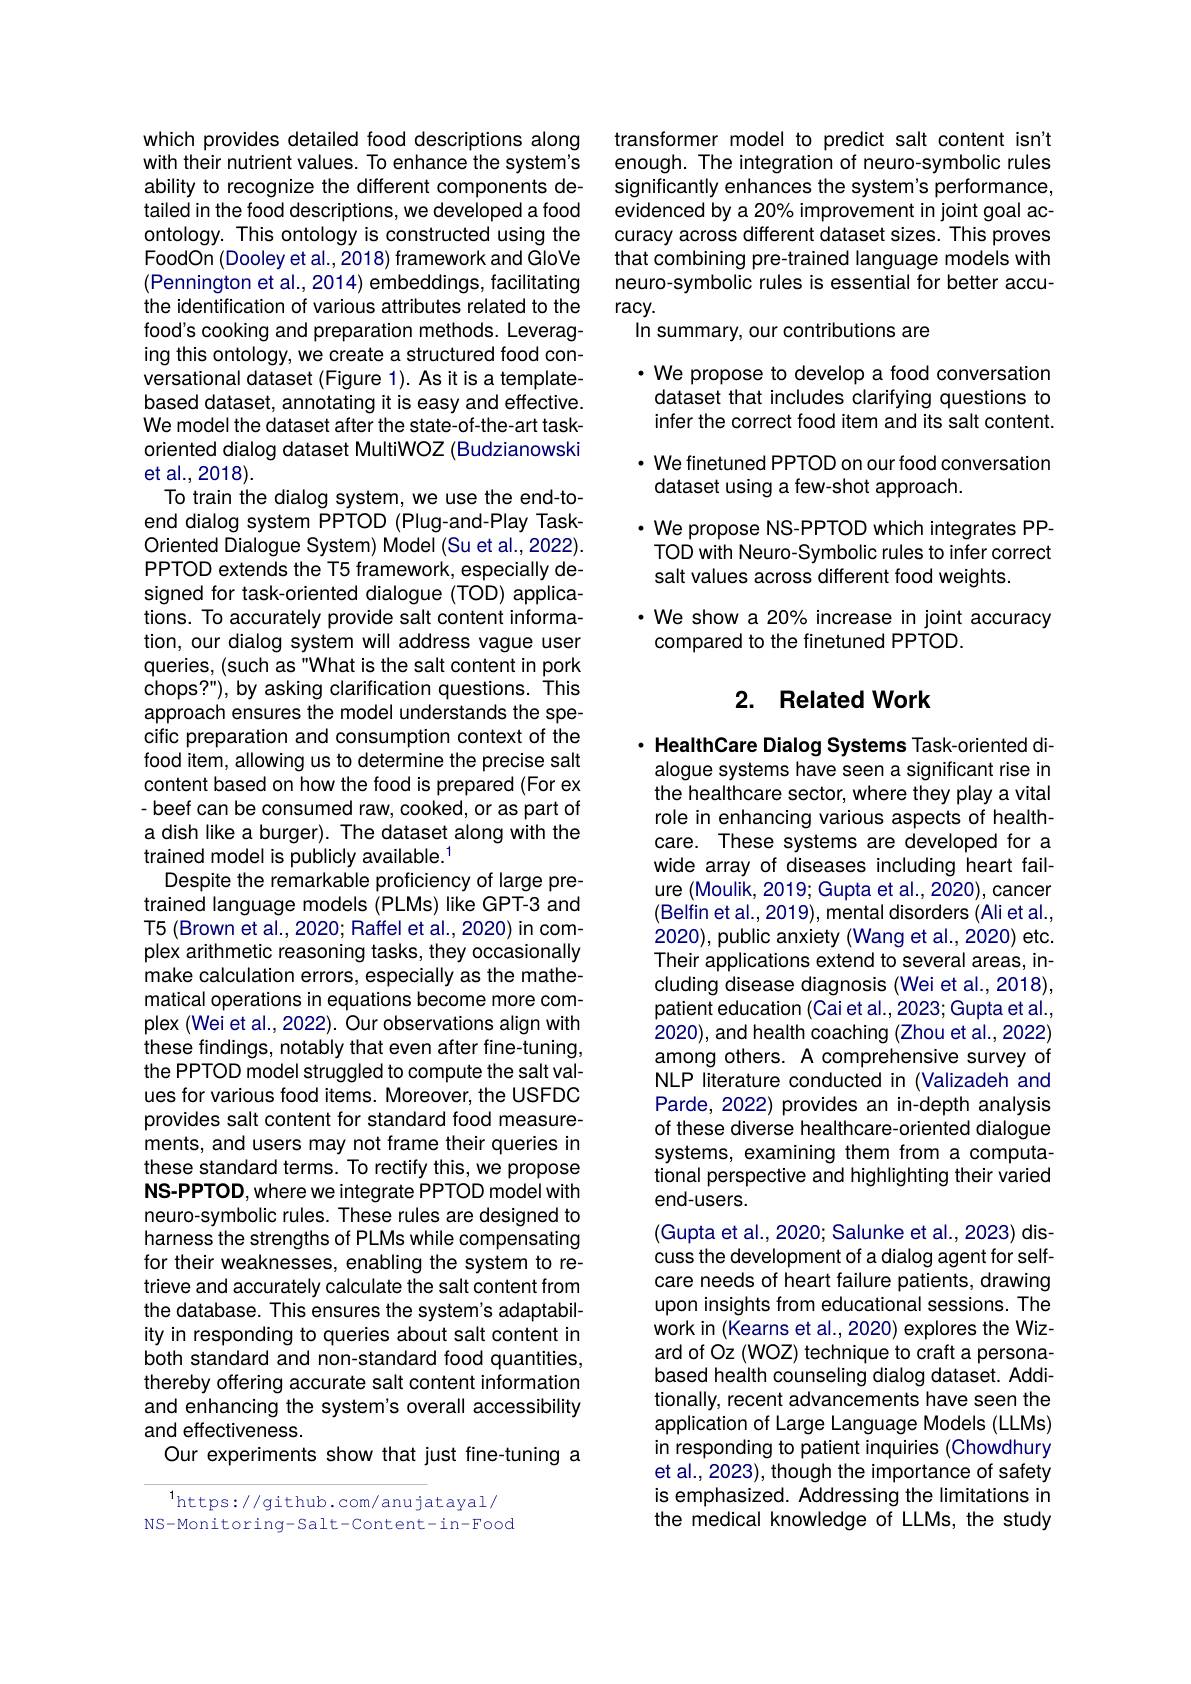
which provides detailed food descriptions along with their nutrient values. To enhance the system's ability to recognize the different components detailed in the food descriptions, we developed a food ontology. This ontology is constructed using the FoodOn (Dooley et al.,2018) framework and GloVe (Pennington et al., 2014) embeddings, facilitating the identification of various attributes related to the food's cooking and preparation methods. Leveraging this ontology, we create a structured food conversational dataset (Figure 1). As it is a templatebased dataset, annotating it is easy and effective. We model the dataset after the state-of-the-art taskoriented dialog dataset MultiWOZ (Budzianowski et al., 2018).
To train the dialog system, we use the end-toend dialog system PPTOD (Plug-and-Play TaskOriented Dialogue System) Model (Su et al., 2022). PPTOD extends the T5 framework, especially designed for task-oriented dialogue (TOD) applications. To accurately provide salt content information, our dialog system will address vague user queries, (such as "What is the salt content in pork chops?"), by asking clarification questions. This approach ensures the model understands the specific preparation and consumption context of the food item, allowing us to determine the precise salt content based on how the food is prepared (For ex -beef can be consumed raw, cooked, or as part of a dish like a burger). The dataset along with the trained model is publicly available.$^{1}$
Despite the remarkable proficiency of large pretrained language models (PLMs) like GPT-3 and T5 (Brown et al., 2020; Raffel et al., 2020) in complex arithmetic reasoning tasks, they occasionally make calculation errors, especially as the mathematical operations in equations become more complex (Wei et al., 2022). Our observations align with these findings, notably that even after fine-tuning, the PPTOD model struggled to compute the salt values for various food items. Moreover, the USFDC provides salt content for standard food measurements, and users may not frame their queries in these standard terms. To rectify this, we propose NS-PPTOD, where we integrate PPTOD model with neuro-symbolic rules. These rules are designed to harness the strengths of PLMs while compensating for their weaknesses, enabling the system to retrieve and accurately calculate the salt content from the database. This ensures the system's adaptability in responding to queries about salt content in both standard and non-standard food quantities, thereby offering accurate salt content information and enhancing the system's overall accessibility and effectiveness.
Our experiments show that just fine-tuning a

$^{1}$https://github.com/anujatayal/ NS-Monitoring- Salt- Content- in- Food

transformer model to predict salt content isn't enough. The integration of neuro-symbolic rules significantly enhances the system's performance, evidenced by a 20% improvement in joint goal accuracy across different dataset sizes. This proves that combining pre-trained language models with neuro-symbolic rules is essential for better accu- $racy.$
In summary, our contributions are

$\cdot$ We propose to develop a food conversation dataset that includes clarifying questions to infer the correct food item and its salt content. · We finetuned PPTOD on our food conversation dataset using a few-shot approach.
$\cdot$ We propose NS-PPTOD which integrates PPTOD with Neuro-Symbolic rules to infer correct salt values across different food weights.
·We show a 20% increase in joint accuracy
compared to the finetuned PPTOD

## 2. Related Work

· HealthCare Dialog Systems Task-oriented dialogue systems have seen a significant rise in the healthcare sector, where they play a vital role in enhancing various aspects of healthcare. These systems are developed for a wide array of diseases including heart failure (Moulik, 2019; Gupta et al., 2020), cancer (Belfin et al., 2019), mental disorders (Ali et al., 2020), public anxiety (Wang et al., 2020) etc. Their applications extend to several areas, including disease diagnosis (Wei et al., 2018), patient education (Cai et al., 2023; Gupta et al. 2020), and health coaching (Zhou et al., 2022) among others. A comprehensive survey of NLP literature conducted in (Valizadeh and Parde, 2022) provides an in-depth analysis of these diverse healthcare-oriented dialogue systems, examining them from a computational perspective and highlighting their varied end-users.
(Gupta et al., 2020; Salunke et al., 2023) discuss the development of a dialog agent for selfcare needs of heart failure patients, drawing upon insights from educational sessions. The work in (Kearns et al., 2020) explores the Wizard of Oz (WOZ) technique to craft a personabased health counseling dialog dataset. Additionally, recent advancements have seen the application of Large Language Models (LLMs) in responding to patient inquiries (Chowdhury et al., 2023), though the importance of safety is emphasized. Addressing the limitations in the medical knowledge of LLMs, the study